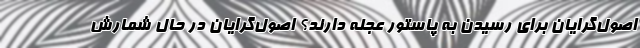
اصول‌گرایان برای رسیدن به پاستور عجله دارند؟ اصول‌گرایان در حال شمارش